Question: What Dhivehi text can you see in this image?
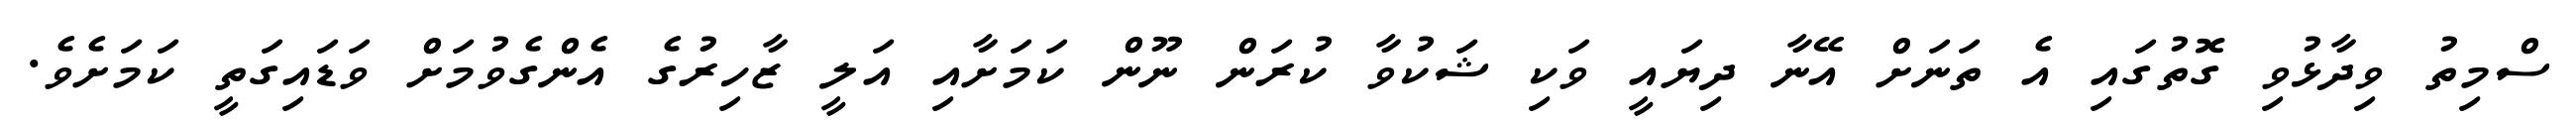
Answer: ސްމިތު ވިދާޅުވި ގޮތުގައި އެ ތަނަށް އޭނާ ދިޔައީ ވަކި ޝަކުވާ ކުރަން ނޫން ކަމަށާއި އަލީ ޒާހިރުގެ އެންގެވުމަށް ވަޑައިގަތީ ކަމަށެވެ.